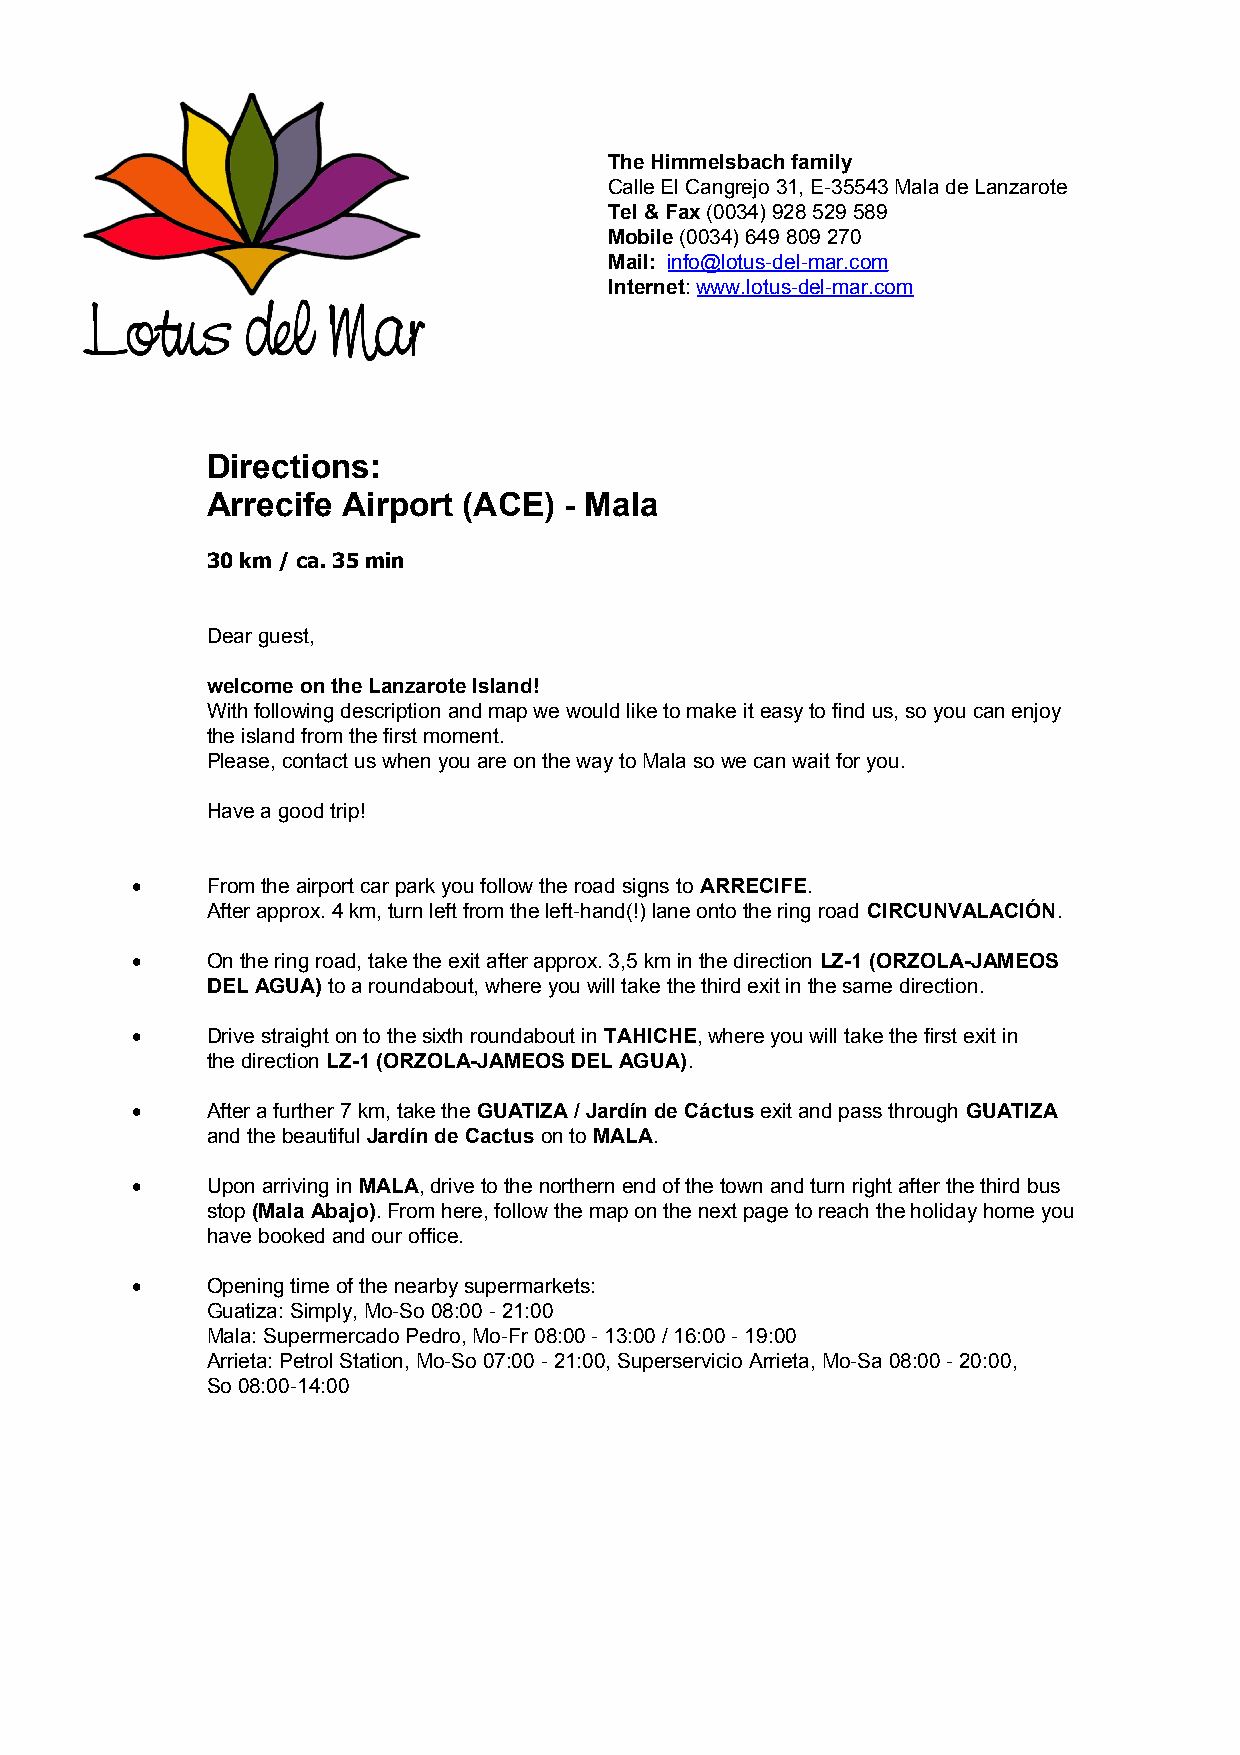
The Himmelsbach family
 Calle El Cangrejo 31, E-35543 Mala de Lanzarote
 Tel & Fax (0034) 928 529 589
 Mobile (0034) 649 809 270
 Mail: info@lotus-del-mar.com
 Internet: www.lotus-del-mar.com
 Directions:
 Arrecife Airport (ACE) - Mala
 30 km / ca. 35 min
 Dear guest,
 welcome on the Lanzarote Island!
 With following description and map we would like to make it easy to find us, so you can enjoy
 the island from the first moment.
 Please, contact us when you are on the way to Mala so we can wait for you.
 Have a good trip!
     From the airport car park you follow the road signs to ARRECIFE.
 After approx. 4 km, turn left from the left-hand(!) lane onto the ring road CIRCUNVALACIÓN.
     On the ring road, take the exit after approx. 3,5 km in the direction LZ-1 (ORZOLA-JAMEOS
 DEL AGUA) to a roundabout, where you will take the third exit in the same direction.
     Drive straight on to the sixth roundabout in TAHICHE, where you will take the first exit in
 the direction LZ-1 (ORZOLA-JAMEOS DEL AGUA).
     After a further 7 km, take the GUATIZA / Jardín de Cáctus exit and pass through GUATIZA
 and the beautiful Jardín de Cactus on to MALA.
     Upon arriving in MALA, drive to the northern end of the town and turn right after the third bus
 stop (Mala Abajo). From here, follow the map on the next page to reach the holiday home you
 have booked and our office.
     Opening time of the nearby supermarkets:
 Guatiza: Simply, Mo-So 08:00 - 21:00
 Mala: Supermercado Pedro, Mo-Fr 08:00 - 13:00 / 16:00 - 19:00
 Arrieta: Petrol Station, Mo-So 07:00 - 21:00, Superservicio Arrieta, Mo-Sa 08:00 - 20:00,
 So 08:00-14:00